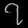
Digit: ၇